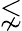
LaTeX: \lnsim